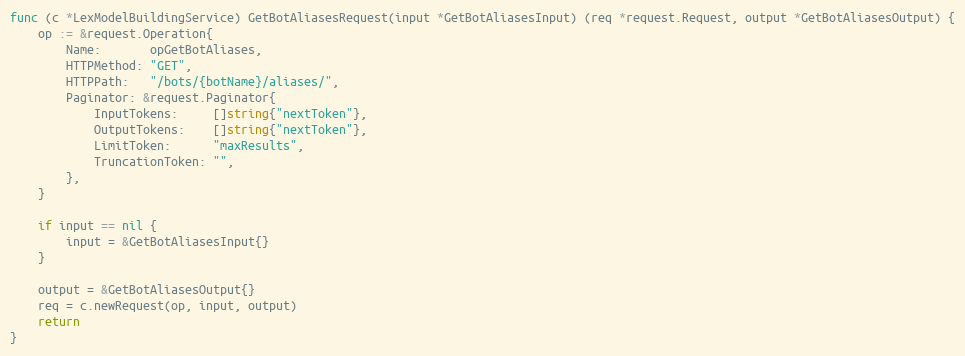
Language: Go
func (c *LexModelBuildingService) GetBotAliasesRequest(input *GetBotAliasesInput) (req *request.Request, output *GetBotAliasesOutput) {
	op := &request.Operation{
		Name:       opGetBotAliases,
		HTTPMethod: "GET",
		HTTPPath:   "/bots/{botName}/aliases/",
		Paginator: &request.Paginator{
			InputTokens:     []string{"nextToken"},
			OutputTokens:    []string{"nextToken"},
			LimitToken:      "maxResults",
			TruncationToken: "",
		},
	}

	if input == nil {
		input = &GetBotAliasesInput{}
	}

	output = &GetBotAliasesOutput{}
	req = c.newRequest(op, input, output)
	return
}